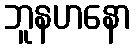
ဘူနဟနော